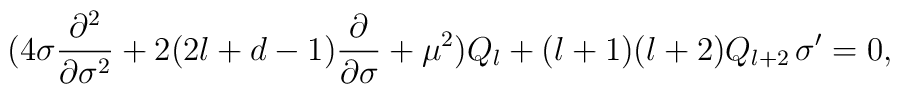
( 4\sigma \frac{\partial^2 }{\partial \sigma^2}+2(2l+d-1)\frac{\partial }{\partial \sigma}+\mu^2) Q_l +(l+1)(l+2) Q_{l+2}\,\sigma' =0,